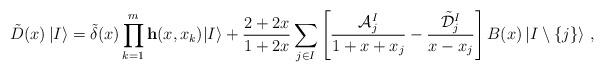
LaTeX: \begin{align*} \tilde{D}(x)\left|I\right\rangle = {\tilde\delta}(x)\prod_{k=1}^m\mathbf{h}(x,x_{k}) |I\rangle + \frac{2+2x}{1+2x}\sum_{j\in I}\left[\frac{{\mathcal{A}}^{I }_j}{1+x+x_{j}}-\frac{\tilde {\mathcal{D}}^{I}_j}{x-x_{j}}\right]B(x)\left|I\setminus\left\{ j\right\} \right\rangle \,,\end{align*}